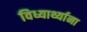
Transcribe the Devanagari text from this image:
विध्यार्थ्याना